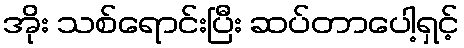
အိုး သစ်ရောင်းပြီး ဆပ်တာပေါ့ရှင့်